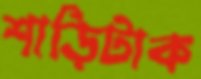
শাড়িটাক